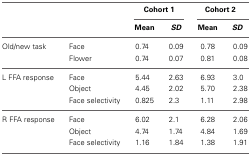
|  |  | <COLSPAN=2> Cohort 1 | <COLSPAN=2> Cohort 2 |
 |  |  | Mean | SD | Mean | SD |
 | --- | --- | --- | --- | --- | --- |
 | Old/new task | Face | 0.74 | 0.09 | 0.78 | 0.09 |
 |  | Flower | 0.74 | 0.07 | 0.81 | 0.08 |
 | L FFA response | Face | 5.44 | 2.63 | 6.93 | 3.0 |
 |  | Object | 4.45 | 2.02 | 5.70 | 2.38 |
 |  | Face selectivity | 0.825 | 2.3 | 1.11 | 2.98 |
 | R FFA response | Face | 6.02 | 2.1 | 6.28 | 2.06 |
 |  | Object | 4.74 | 1.74 | 4.84 | 1.69 |
 |  | Face selectivity | 1.16 | 1.84 | 1.38 | 1.91 |